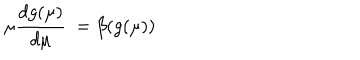
\mu \frac { d g ( \mu ) } { d \mu } \ = \beta ( g ( \mu ) )